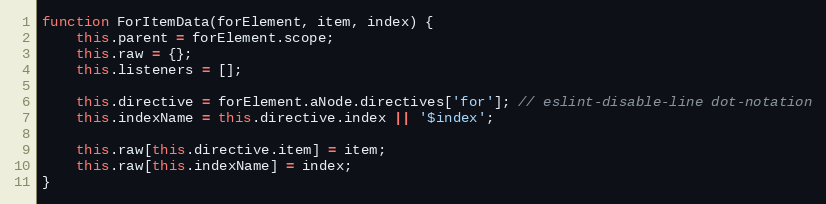
Language: JavaScript
function ForItemData(forElement, item, index) {
    this.parent = forElement.scope;
    this.raw = {};
    this.listeners = [];

    this.directive = forElement.aNode.directives['for']; // eslint-disable-line dot-notation
    this.indexName = this.directive.index || '$index';

    this.raw[this.directive.item] = item;
    this.raw[this.indexName] = index;
}